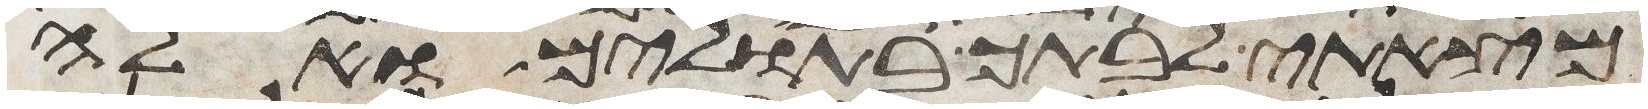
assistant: מצאתי לבתך בתולים ואלה